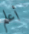
أعلم